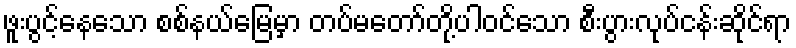
ဖူးပွင့်နေသော စစ်နယ်မြေမှာ တပ်မတော်တို့ပါဝင်သော စီးပွားလုပ်ငန်းဆိုင်ရာ